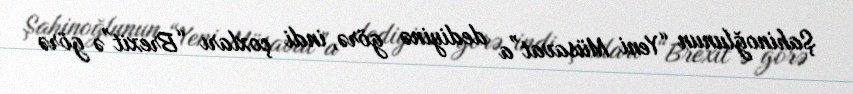
Şahinoğlunun “Yeni Müsavat”a dediyinə görə, indi çoxları “Brexit”ə görə